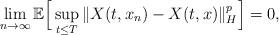
LaTeX: \begin{align*}\lim_{n\rightarrow\infty}\mathbb{E}\Big[ \sup_{t\leq T}\Vert X(t, x_n)-X(t, x)\Vert_H^p \Big] = 0,\end{align*}